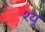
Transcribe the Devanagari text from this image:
श्यु